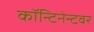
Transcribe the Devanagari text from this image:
कॉन्टिनेन्टवर